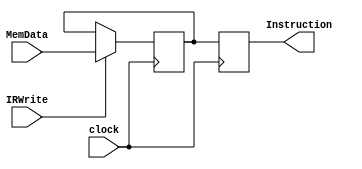
`timescale 1ns / 1ps
//////////////////////////////////////////////////////////////////////////////////
// Company: 
// Engineer: 
// 
// Design Name: 
// Module Name: InstructionRegister
// Project Name: 
// Target Devices: 
// Tool Versions: 
// Description: 
// 
// Dependencies: 
// 
// Revision:
// Revision 0.01 - File Created
// Additional Comments:
// 
//////////////////////////////////////////////////////////////////////////////////


module InstructionRegister #(parameter DIGIT = 32)
(clock, IRWrite, MemData, Instruction);
	input clock; 
	input IRWrite; 
	input      [DIGIT - 1 : 0] MemData; 
	
	output reg [DIGIT - 1 : 0] Instruction;
	
	reg [31:0] Register;
	
	initial 
	begin
		Register    = 'b0;
		Instruction = 'b0;
	end
	
	always @(negedge clock) 
	begin
		if (IRWrite)
			Register <= MemData;
		else
			Register <= Register;
	end
	
	always @(posedge clock) 
	begin
		Instruction <= Register;
	end
	
endmodule